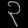
Digit: ၃